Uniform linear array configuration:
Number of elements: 4
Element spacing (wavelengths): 0.75
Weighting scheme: blackman
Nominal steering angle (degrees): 30
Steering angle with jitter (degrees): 30.398
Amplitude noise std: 0.05
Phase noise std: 0.05

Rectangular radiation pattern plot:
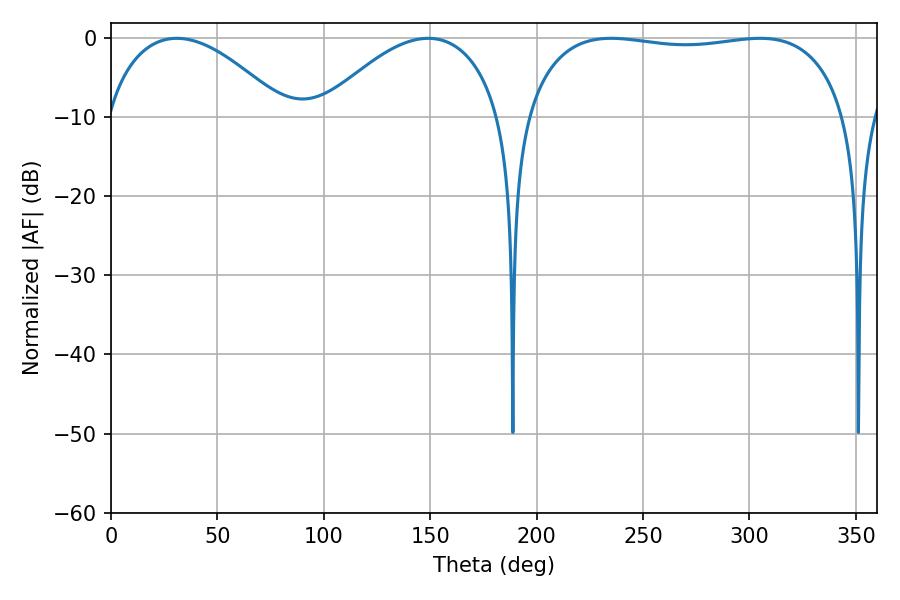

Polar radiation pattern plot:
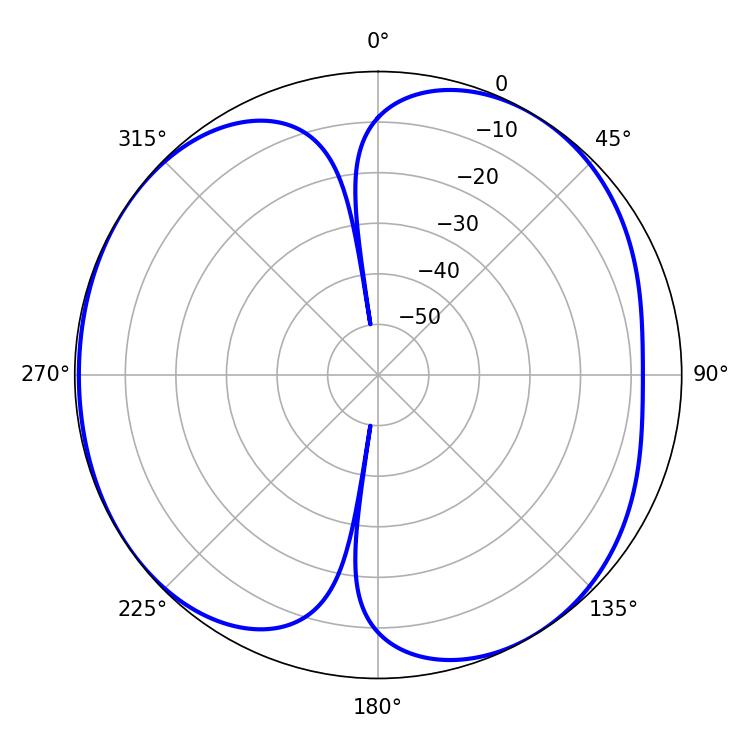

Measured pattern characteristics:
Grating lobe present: TRUE
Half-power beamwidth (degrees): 47.34
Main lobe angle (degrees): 30.96